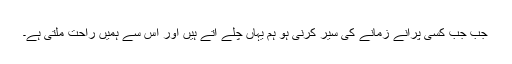
جب جب کسی پرانے زمانے کی سیر کرنی ہو ہم یہاں چلے آتے ہیں اور اس سے ہمیں راحت ملتی ہے۔